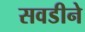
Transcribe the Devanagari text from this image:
सवडीने